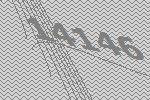
14146